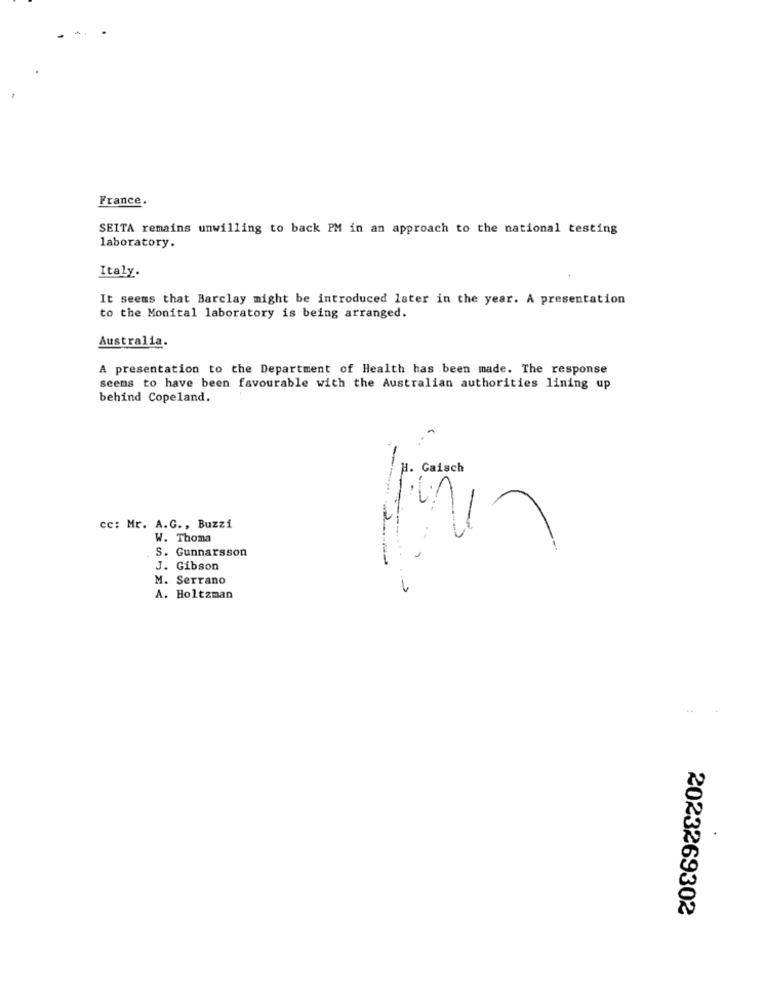
France.
SEITA remains unwilling to back PM in an approach to the national testing
laboratory.
Italy.
It seems that Barclay might be introduced later in the year. A presentation
to the Monital laboratory is being arranged.
Australia.
A presentation to the Department of Health has been made. The response
seems to have been favourable with the Australian authorities lining up
behind Copeland.
H. Gaisch
cc: Mr. A.G ., Buzzi
W. Thoma
S. Gunnarsson
J. Gibson
M. Serrano
A. Holtzman
2023269302